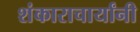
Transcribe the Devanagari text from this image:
शंकाराचार्यांनी